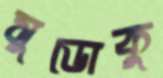
সুডোকু